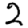
Digit: 2